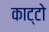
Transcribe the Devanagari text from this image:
काट्टो